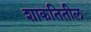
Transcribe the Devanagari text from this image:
शाकतितील